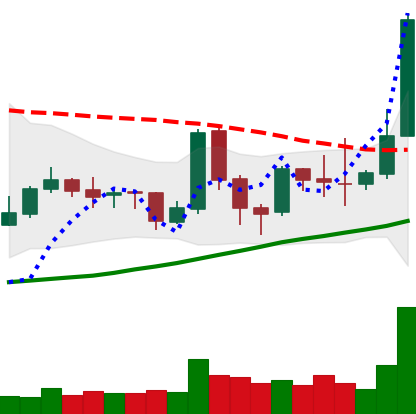
Ticker: TRX-USD
Chart end date: 2019-04-02
Forward return: 7.48%
Label: up_7plus